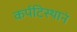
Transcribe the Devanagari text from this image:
कर्पटिस्थानं